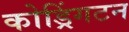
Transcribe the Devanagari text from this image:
कोड्रिंगटन